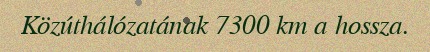
Közúthálózatának 7300 km a hossza.